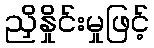
ညှိနှိုင်းမှုဖြင့်